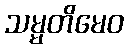
သမ္မတိမေဝ